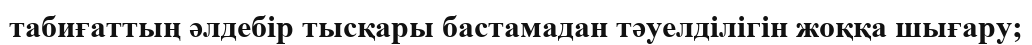
табиғаттың әлдебір тысқары бастамадан тәуелділігін жоққа шығару;